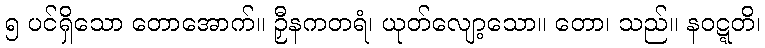
၅ ပင်ရှိသော တောအောက်။ ဉှီနကတရံ၊ ယုတ်လျော့သော။ တော၊ သည်။ နဝဋ္ဋတိ၊